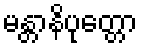
မန္တာနိပုတ္တော